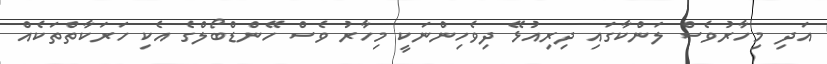
އަދި މިހާރުވެސް ލަންކާގައި ދިރިއުޅޭ ދިވެހިންނަކީ މިހާރު ވެސް ހޭންޑްބޯލްގެ އެކި ހަރަކާތްތަކެއް